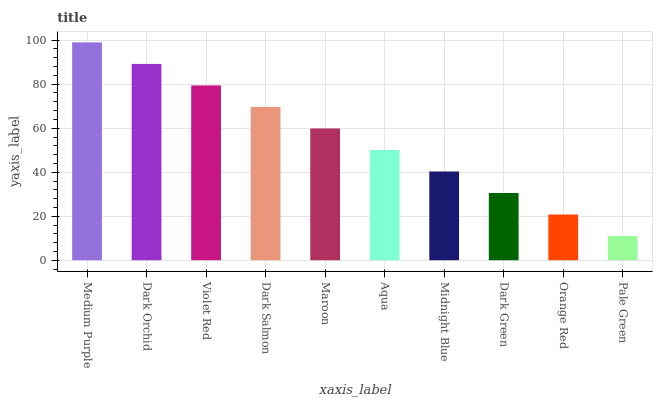
| xaxis_label | bars |
 | --- | --- |
 | Medium Purple | 99 |
 | Dark Orchid | 89.2 |
 | Violet Red | 79.4 |
 | Dark Salmon | 69.7 |
 | Maroon | 59.9 |
 | Aqua | 50.1 |
 | Midnight Blue | 40.3 |
 | Dark Green | 30.6 |
 | Orange Red | 20.8 |
 | Pale Green | 11 |